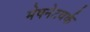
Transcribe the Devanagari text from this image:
मेषनेटवर्क